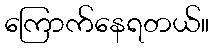
ကြောက်နေရတယ်။